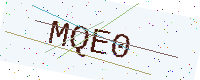
Text: MQE0